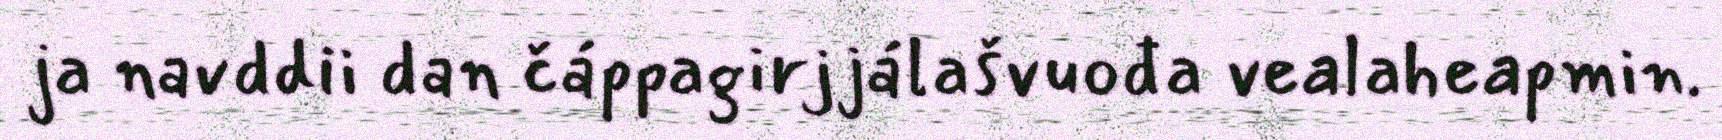
ja navddii dan čáppagirjjálašvuođa vealaheapmin.